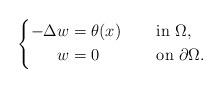
LaTeX: \begin{align*}\left\{\begin{aligned}-\Delta w&= \theta(x) &&\quad\mbox{ in }\Omega,\\w&=0 &&\quad\mbox{ on }\partial{\Omega}.\end{aligned}\right.\end{align*}